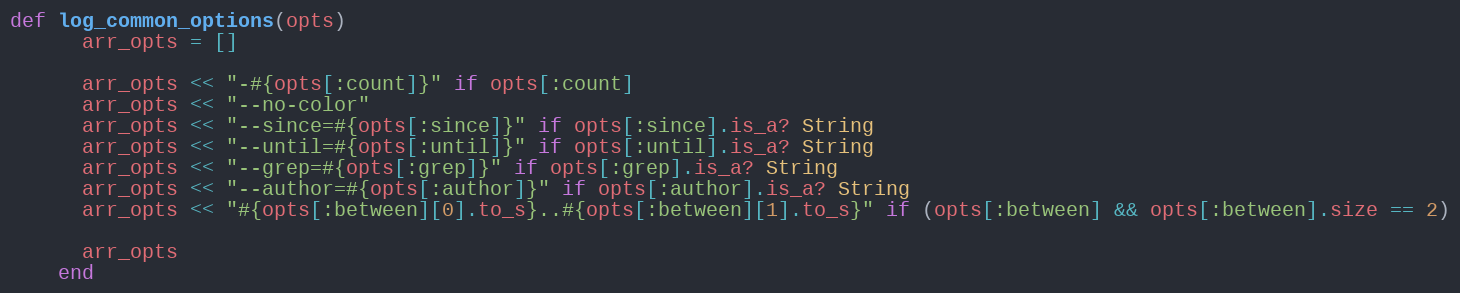
Language: Ruby
def log_common_options(opts)
      arr_opts = []

      arr_opts << "-#{opts[:count]}" if opts[:count]
      arr_opts << "--no-color"
      arr_opts << "--since=#{opts[:since]}" if opts[:since].is_a? String
      arr_opts << "--until=#{opts[:until]}" if opts[:until].is_a? String
      arr_opts << "--grep=#{opts[:grep]}" if opts[:grep].is_a? String
      arr_opts << "--author=#{opts[:author]}" if opts[:author].is_a? String
      arr_opts << "#{opts[:between][0].to_s}..#{opts[:between][1].to_s}" if (opts[:between] && opts[:between].size == 2)

      arr_opts
    end